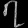
Digit: ၇